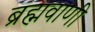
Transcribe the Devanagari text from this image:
ब्रह्मवाणी